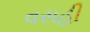
વસહી